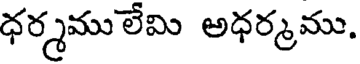
ధర్మము లేమి అధర్మము,